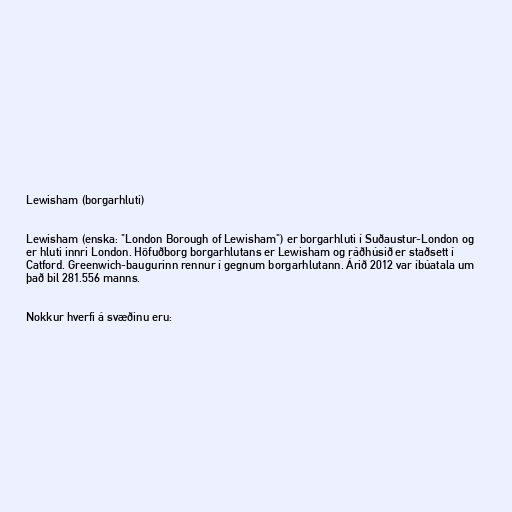
Lewisham (borgarhluti)

Lewisham (enska: "London Borough of Lewisham") er borgarhluti í Suðaustur-London og
er hluti innri London. Höfuðborg borgarhlutans er Lewisham og ráðhúsið er staðsett í
Catford. Greenwich-baugurinn rennur í gegnum borgarhlutann. Árið 2012 var íbúatala um
það bil 281.556 manns.

Nokkur hverfi á svæðinu eru: